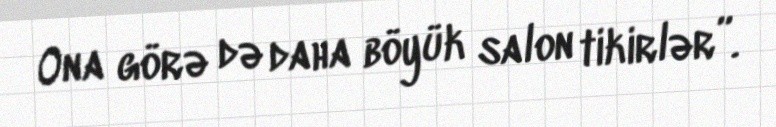
Ona görə də daha böyük salon tikirlər”.